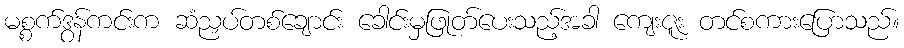
မစ္စက်ဒွန်ကင်းက ဆံညှပ်တစ်ချောင်း ခေါင်းမှဖြုတ်ပေးသည့်အခါ ကျေးဇူး တင်စကားပြောသည်။